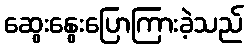
ဆွေးနွေးပြောကြားခဲ့သည်